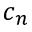
c _ { n }